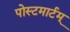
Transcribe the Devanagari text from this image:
पोस्टमार्टम्‌